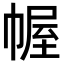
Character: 幄